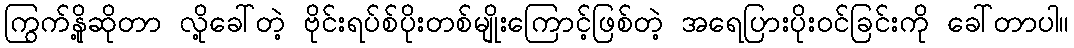
ကြွက်နို့ဆိုတာ လို့ခေါ်တဲ့ ဗိုင်းရပ်စ်ပိုးတစ်မျိုးကြောင့်ဖြစ်တဲ့ အရေပြားပိုးဝင်ခြင်းကို ခေါ်တာပါ။